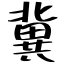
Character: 冀